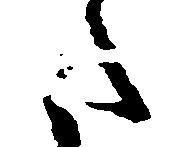
た